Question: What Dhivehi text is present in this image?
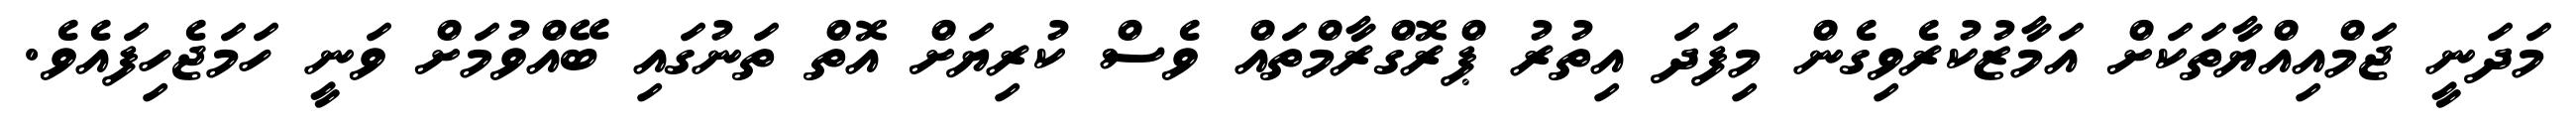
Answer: މަދަނީ ޖަމްއިއްޔާތަކަށް އަމާޒުކުރެވިގެން މިފަދަ އިތުރު ޕްރޮގްރާމްތައް ވެސް ކުރިޔަށް އޮތް ތަނުގައި ބޭއްވުމަށް ވަނީ ހަމަޖެހިފައެވެ.